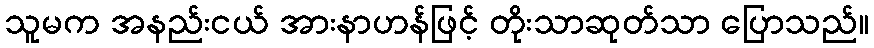
သူမက အနည်းငယ် အားနာဟန်ဖြင့် တိုးသာဆုတ်သာ ပြောသည်။